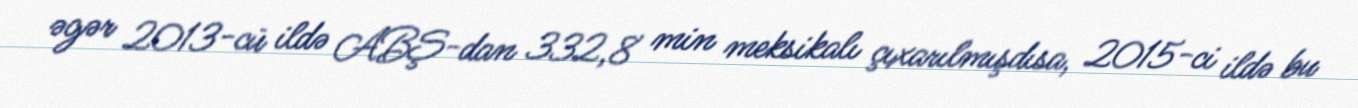
əgər 2013-cü ildə ABŞ-dan 332,8 min meksikalı çıxarılmışdısa, 2015-ci ildə bu